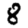
Digit: 8